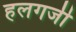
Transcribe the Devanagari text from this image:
हलगर्जी